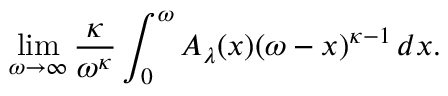
\operatorname* { l i m } _ { \omega \rightarrow \infty } { \frac { \kappa } { \omega ^ { \kappa } } } \int _ { 0 } ^ { \omega } A _ { \lambda } ( x ) ( \omega - x ) ^ { \kappa - 1 } \, d x .